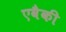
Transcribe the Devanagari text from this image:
एवैकी